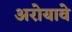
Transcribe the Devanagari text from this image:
अरोयावे